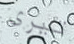
تيرى